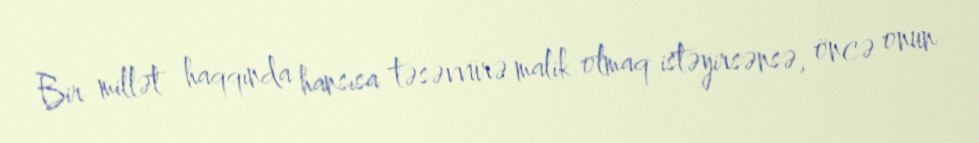
Bir millət haqqında hansısa təsəvvürə malik olmaq istəyirsənsə, öncə onun